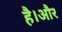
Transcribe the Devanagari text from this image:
है।अौर